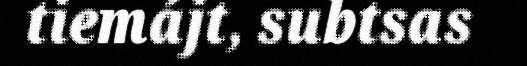
tiemájt, subtsas